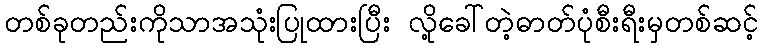
တစ်ခုတည်းကိုသာအသုံးပြုထားပြီး လို့ခေါ်တဲ့ဓာတ်ပုံစီးရီးမှတစ်ဆင့်